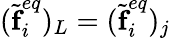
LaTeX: (\widetilde{\textbf{f}}_{i}^{eq})_{L}=(\widetilde{\textbf{f}}_{i}^{eq})_{j}